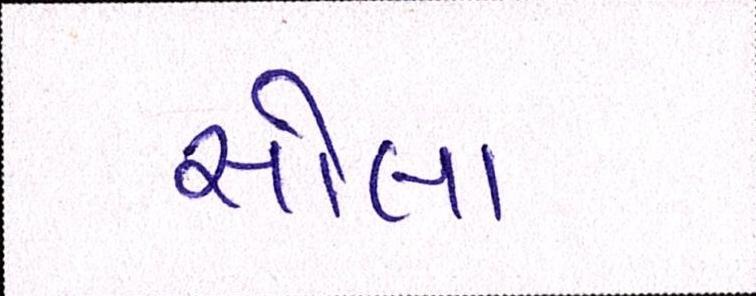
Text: સોલા